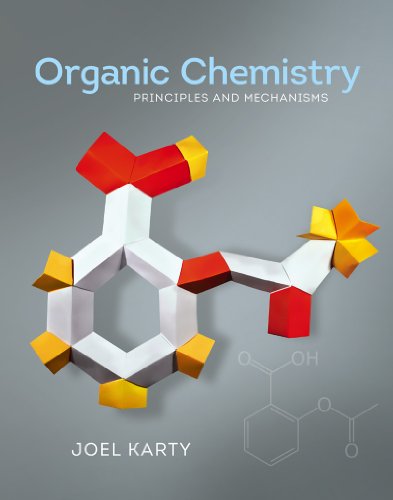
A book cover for Organic Chemistry: Principles and Mechanisms; Joel Karty; Science & Math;